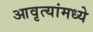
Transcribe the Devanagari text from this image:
आवृत्यांमध्ये